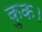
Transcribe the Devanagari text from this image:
कुक।